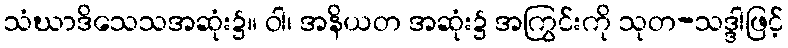
သံဃာဒိသေသအဆုံး၌။ ဝါ၊ အနိယတ အဆုံး၌ အကြွင်းကို သုတ-သဒ္ဒါဖြင့်